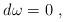
LaTeX: \begin{align*} d \>\! \omega = 0~, \end{align*}